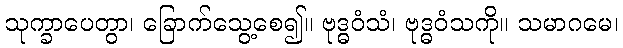
သုက္ခာပေတွာ၊ ခြောက်သွေ့စေ၍။ ဗုဒ္ဓဝံသံ၊ ဗုဒ္ဓဝံသကို။ သမာဂမေ၊